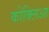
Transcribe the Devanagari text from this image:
कोक्लिआ